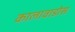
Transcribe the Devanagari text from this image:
कालावाडोस